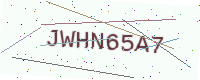
Text: JWHN65A7